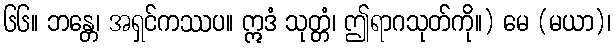
၆၆။ ဘန္တေ၊ အရှင်ကဿပ။ ဣဒံ သုတ္တံ၊ ဤရာဂသုတ်ကို။) မေ (မယာ)၊